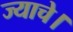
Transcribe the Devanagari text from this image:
ज्याचे।